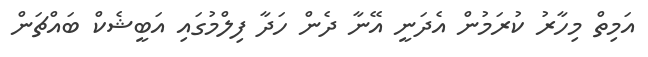
އަމިތް މިހާރު ކުރަމުން އެދަނީ އޭނާ ދެން ހަދާ ފިލްމުގައި އަބީޝެކް ބައްޗަން